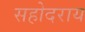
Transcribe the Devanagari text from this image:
सहोदराय